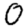
Digit: 0